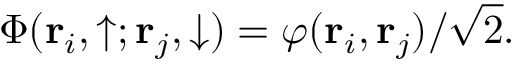
\Phi ( \mathbf { r } _ { i } , \uparrow ; \mathbf { r } _ { j } , \downarrow ) = \varphi ( \mathbf { r } _ { i } , \mathbf { r } _ { j } ) / \sqrt { 2 } .